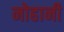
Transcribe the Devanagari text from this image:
नोहानी